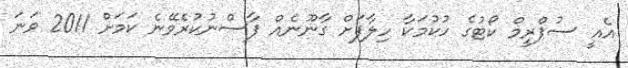
އެއީ ސުޕްރީމް ކޯޓުގެ ހުކުމަކާ ހިލާފަށް ގާނޫނެއް ފާސްނުކުރެވޭނެ ކަމަށް 2011 ވަނަ